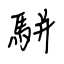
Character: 駢